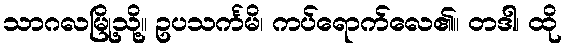
သာဂလမြို့သို့။ ဥပသင်္ကမိ၊ ကပ်ရောက်လေ၏။ တဒါ၊ ထို